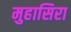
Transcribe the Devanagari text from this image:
मुहासिरा